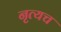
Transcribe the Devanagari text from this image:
नृत्यच